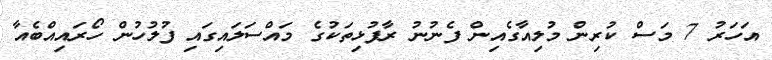
އަހަރު 7 މަސް ކުރިން މުލިއާގެއިން ފެނުނު ރާފުޅިތަކުގެ މައްސަލައިގައި ފުލުހުން ހޯރައިއްބެއާ